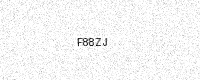
Text: F88ZJ